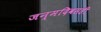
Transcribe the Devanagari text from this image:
जन्मदिवसही